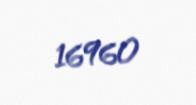
16960